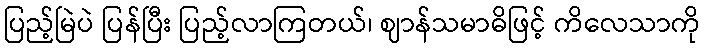
ပြည့်မြဲပဲ ပြန်ပြီး ပြည့်လာကြတယ်၊ ဈာန်သမာဓိဖြင့် ကိလေသာကို